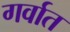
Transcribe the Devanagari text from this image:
गर्वात